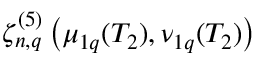
\zeta _ { n , q } ^ { ( 5 ) } \left( \mu _ { 1 q } ( T _ { 2 } ) , \nu _ { 1 q } ( T _ { 2 } ) \right)